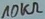
Text: 10KΩ